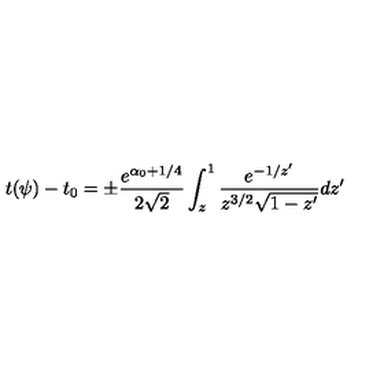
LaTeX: t ( \psi ) - t _ { 0 } = \pm \frac { e ^ { \alpha _ { 0 } + 1 / 4 } } { 2 \sqrt { 2 } } \int _ { z } ^ { 1 } { \frac { e ^ { - 1 / z ^ { \prime } } } { z ^ { 3 / 2 } \sqrt { 1 - z ^ { \prime } } } d z ^ { \prime } }